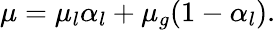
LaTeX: \mu=\mu_{l}\alpha_{l}+\mu_{g}(1-\alpha_{l}).